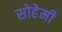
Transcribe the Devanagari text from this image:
सोहेमी